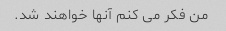
من فکر می کنم آنها خواهند شد.